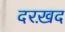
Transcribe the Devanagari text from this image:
दरख़द